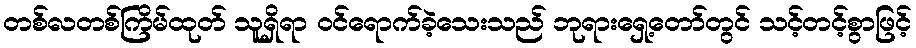
တစ်လတစ်ကြိမ်ထုတ် သူရှိရာ ဝင်ရောက်ခဲ့သေးသည် ဘုရားရှေ့တော်တွင် သင့်တင့်စွာဖြင့်